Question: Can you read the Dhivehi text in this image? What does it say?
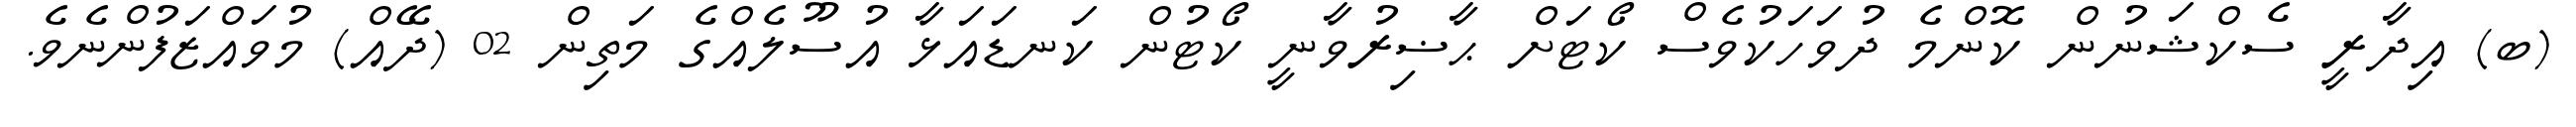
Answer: (ބ) އިދާރީ ސެކްޝަނުން ކޮންމެ ދުވަހަކުވެސް ކޯޓަށް ޙާޟިރުވާނީ ކޯޓުން ކަނޑައަޅާ އުސޫލެއްގެ މަތިން 02 (ދޭއް) މުވައްޒަފުންނެވެ.